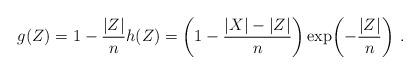
LaTeX: \begin{align*}g(Z) = 1 - \frac{|Z|}{n} h(Z) = \left(1 - \frac{|X| - |Z|}{n} \right) \exp\!\left( -\frac{|Z|}{n} \right)\,. \end{align*}